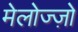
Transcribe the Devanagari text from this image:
मेलोज्ज़ो